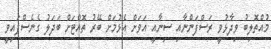
މުއްތޮލިބު ވިދާޅުވީ ރަސްފަންނާއި ސިނާއީ އަވަށް އެޅުމަށް ބޭރު ތޮއްޓަށް ބަދަލު ގެނެސްފައިވީ